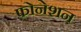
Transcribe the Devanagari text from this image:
फ़ोनेशन